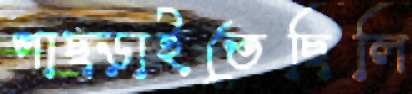
পাছ্‌ড়াইতেছিলি